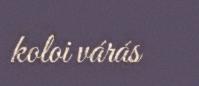
koloi várás